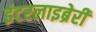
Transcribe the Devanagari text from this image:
इंटरलाइब्रेरी